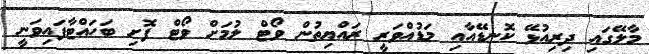
މާލޭގައި ދިރިއުޅޭ ކޮނޑޭއާއި މަޑުއްވަރީ ރައްޔިތުން ވޯޓް ލުމަށް ވޯޓް ފޮށި ބަހައްޓާފައިވަނީ